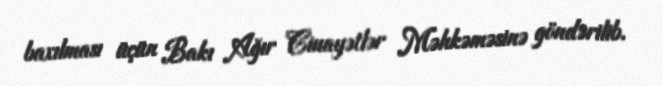
baxılması üçün Bakı Ağır Cinayətlər Məhkəməsinə göndərilib.